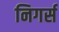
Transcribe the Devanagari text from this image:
निगर्स